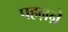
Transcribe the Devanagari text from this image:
पहऩऩे